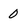
Character: 0